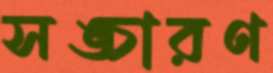
সঙ্চারণ